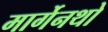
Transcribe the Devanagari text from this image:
मार्गेनथो